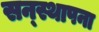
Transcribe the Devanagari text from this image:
सन्स्थापना